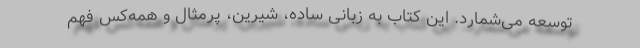
توسعه می‌شمارد. این کتاب به زبانی ساده، شیرین، پرمثال و همه‌کس فهم